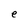
Character: e